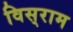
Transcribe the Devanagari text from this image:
विस्‌राम